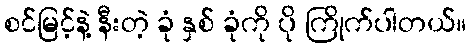
စင်မြင့်နဲ့ နီးတဲ့ ခုံ နှစ် ခုံကို ပို ကြိုက်ပါတယ်။